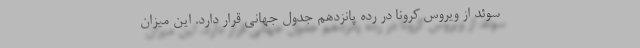
سوئد از ویروس کرونا در رده پانزدهم جدول جهانی قرار دارد. این میزان